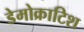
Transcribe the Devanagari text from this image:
डेमोक्राटिश